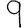
Digit: 9